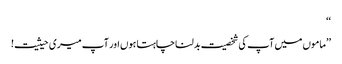
‘‘
’’ماموں میں آپ کی شخصیت بدلنا چاہتا ہوں اور آپ میری حیثیت!